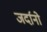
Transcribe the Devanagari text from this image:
जर्दानो